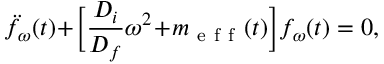
\ddot { f } _ { \omega } ( t ) \! + \! \Big [ \frac { D _ { i } } { D _ { f } } \omega ^ { 2 } \! + \! m _ { \mathrm { ~ e ~ f ~ f ~ } } ( t ) \Big ] f _ { \omega } ( t ) = 0 ,